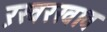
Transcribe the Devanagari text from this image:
ऱखरखाव